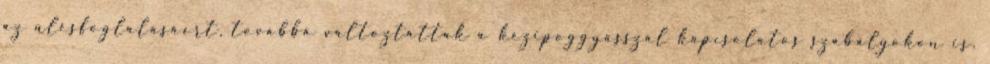
az ülésfoglalásáért, továbbá változtattak a kézipoggyásszal kapcsolatos szabályokon is.